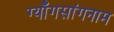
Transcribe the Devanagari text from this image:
ग्याँगसांगनाम